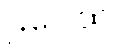
ဌပေထ